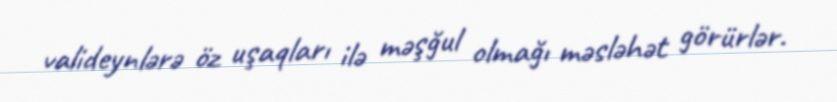
valideynlərə öz uşaqları ilə məşğul olmağı məsləhət görürlər.